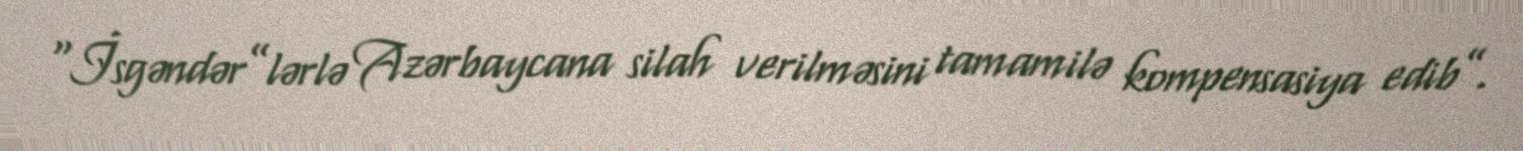
“İsgəndər”lərlə Azərbaycana silah verilməsini tamamilə kompensasiya edib”.